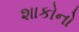
શાકોનો